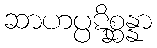
ဆာဟပ္ပဋိစ္ဆန္နာ